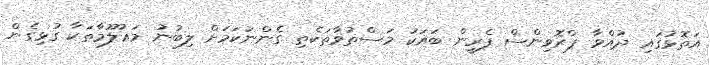
އަތޮޅުގައި ދުއްވާ ޕްރޮވިންސް ފެރީން ބައަކު މަސްތުވާތަކެތި ގެންނަކަމަށް ލިބުނު މަޢުލޫމާތަކާ ގުޅިގެން